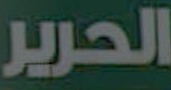
الحرير